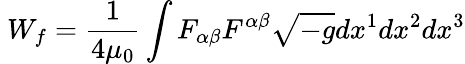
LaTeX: ~W_{f}={\frac{1}{4\mu_{0}}}\int{F_{\alpha\beta}F^{\alpha\beta}{\sqrt{-g}}dx^{1}dx^{2}dx^{3}}